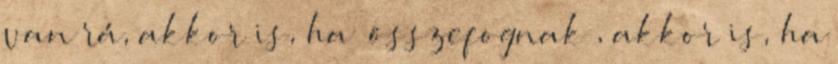
van rá, akkor is, ha „összefognak”, akkor is, ha